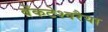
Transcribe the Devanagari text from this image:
वेंकटेश्वरैया